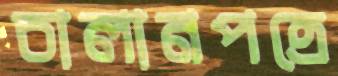
চালানপত্রে